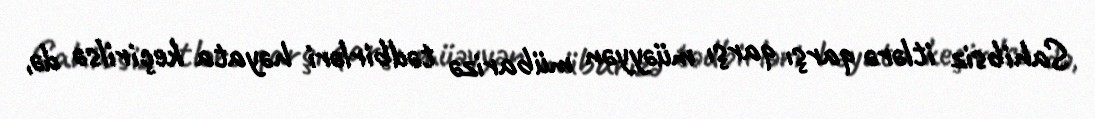
Sahibsiz itlərə qarşı qarşı müəyyən mübarizə tədbirləri həyata keçirilsə də,